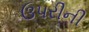
ઉપરીની